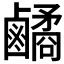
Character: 𪊀